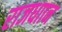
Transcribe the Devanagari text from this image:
राजधाान